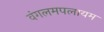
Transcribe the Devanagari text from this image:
वंगलमपलायम